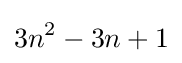
3n^{2}-3n+1